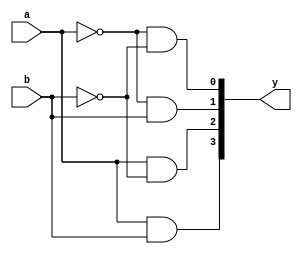
`timescale 1ns / 1ps
//4:1 MUX via decoder and buffers

module decoder(a,b,y);
 input a,b;
output [3:0]y;
 assign y[0]=(~a)&(~b);
assign y[1]=(~a)&(b);
assign y[2]=(a)&(~b);
assign y[3]=(a)&(b);
endmodule
module
tribuf(in,cn,out);
input in,cn;
 output out; 
 assign out=(cn)?in:'bz;
endmodule
module mux(i,s,y);
input [3:0]i; 
input[1:0]s; 
output wire y;
wire [3:0]w; 
decoder d1(s[1],s[0],w);
tribuf t1(i[0],w[0],y);
tribuf t2(i[1],w[1],y);
tribuf t3(i[2],w[2],y);
tribuf t4(i[3],w[3],y);
endmodule